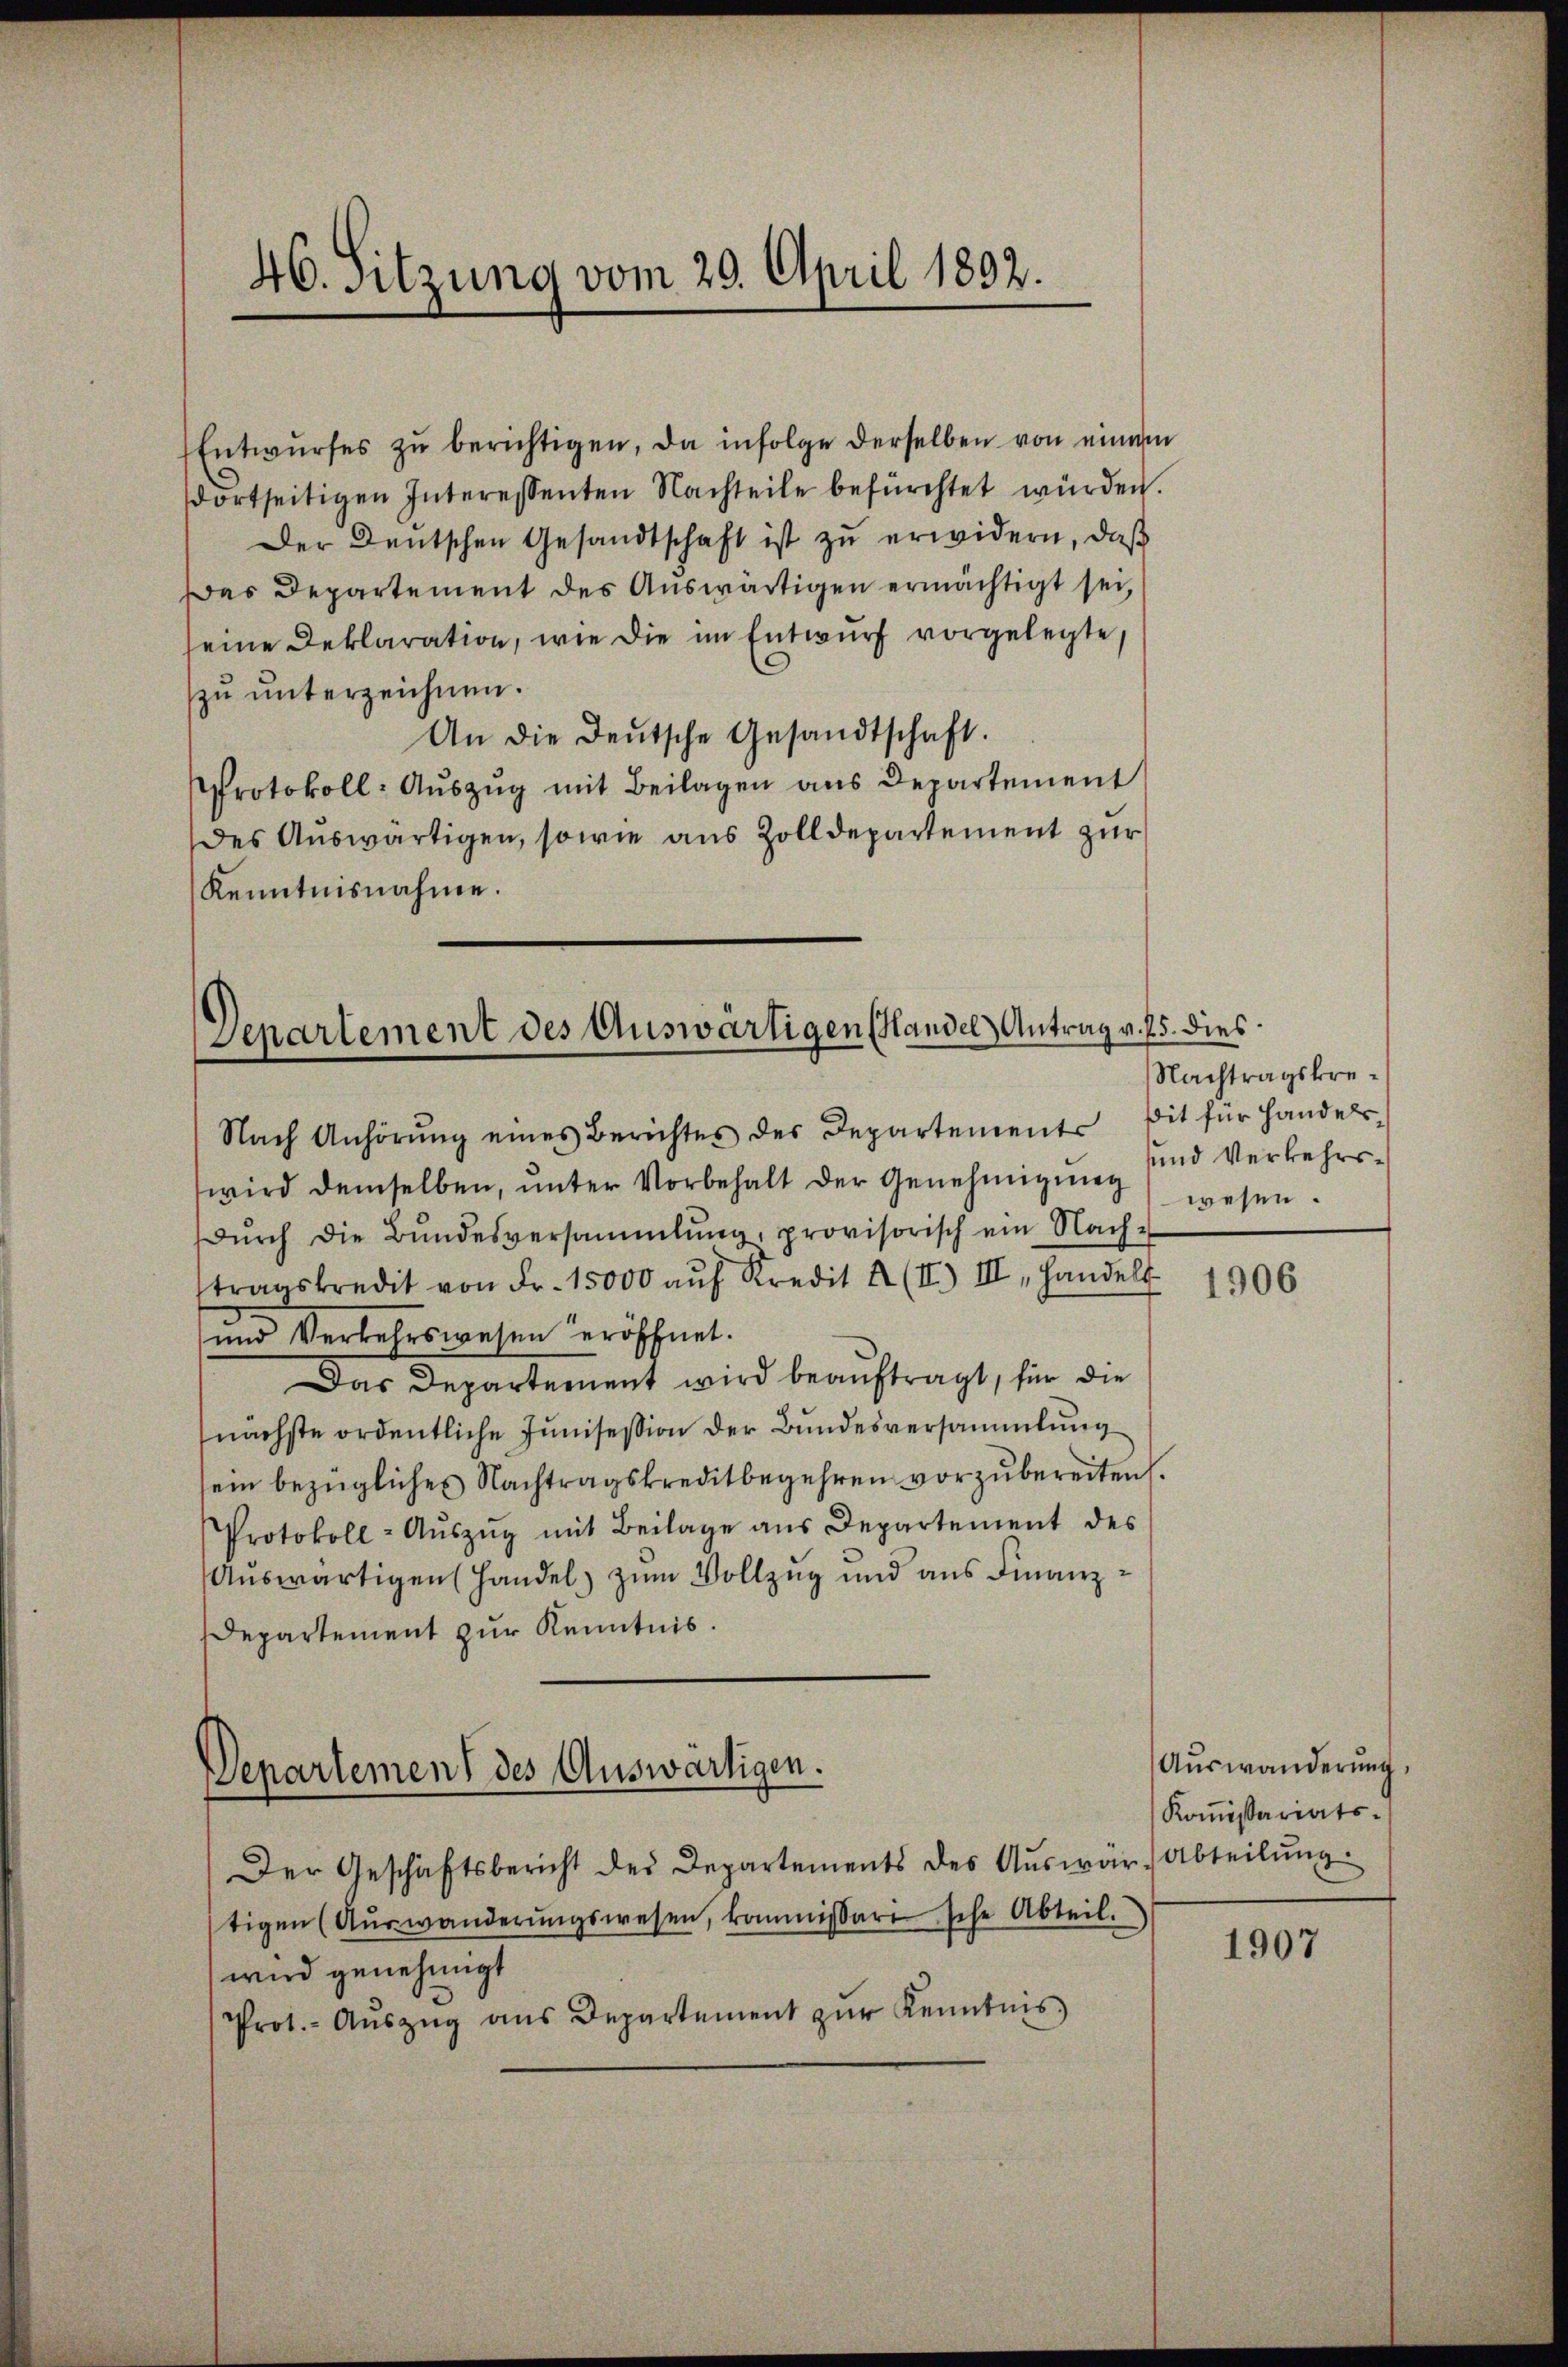
40. Sitzung vom 29. April 1892.

Entwŭrfes zŭ berichtigen, da infolge derselben von einem
dortseitigen Interessenten Nachteile befürchtet würden.
Der Deutschen Gesandtschaft ist zu erwidern, daß
Das Departement des Auswärtigen ermächtigt sei,
seine Deklaration, wie die im Entwurf vorgelegte,
zŭ ŭnterzeichnen.
An die Deutsche Gesandtschaft.
Protokoll- Aŭszŭg mit Beilagen ans Departement
des Auswärtigen, sowie aus Zolldepartement zur
Kenntnisnahme.

Denartement des Auswärtigen Handel Antrag v. J. 5. dies

Nach Anhörŭng eines Berichtes des Departements
wird demselben, ŭnter Vorbehalt der Genehmigung
Dŭrch die Bŭndesversammlung, provisorisch ein Nach-
tragskredit von Fr. 15000 aŭf Kredit A (II) III. Handelt
und Verkehrswesen eröffnet.
Das Departement wird beauftragt, für die
nächste ordentliche Junisesion der Bundesversammlung
sein bezügliches Nachtragskreditbegehren vorzubereiten.
Protokoll-Aŭszŭg mit Beilage aus Departement des
Auswärtigen (Handel zum Vollzug und aus Finanz¬
Departement zur Kenntnis.
Der Geschäftsbericht des Departements des Aŭswär (Abteilŭng
tigen (Aŭswanderŭngswesen, kommissäre sche Abteil.
wird genehmigt
Prot.- Aŭszŭg aŭs Departement zŭr Kenntnis

Departement des Auswärtigen.

Nachtragskresit für Handels¬
und Verkehrswesen.

1906

Auswanderŭng
Koṁissariats-

1907